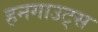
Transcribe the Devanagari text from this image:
हनगाउट्स